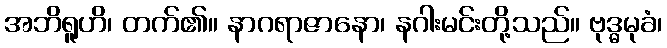
အဘိရူဟိ၊ တက်၏။ နာဂရာဇာနော၊ နဂါးမင်းတို့သည်။ ဗုဒ္ဓမုခံ၊